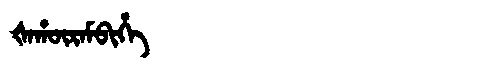
Manchu: ᡧᠠᡥᡡᡵᠠᠮᠪᡳᡥᡝ
Romanization: ŠAHŪRAMBIHE